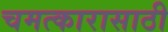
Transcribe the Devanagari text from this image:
चमत्कारासाठी